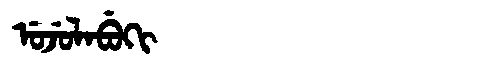
Manchu: ᡠᠵᡠᠯᠠᠪᡠᡴᡳ
Romanization: UJULABUKI